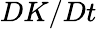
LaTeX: DK/Dt